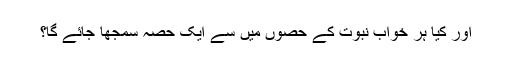
اور کیا ہر خواب نبوت کے حصوں میں سے ایک حصہ سمجھا جائے گا؟